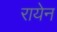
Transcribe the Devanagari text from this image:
रायेन